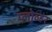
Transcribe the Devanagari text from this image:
प्लोव्हर